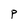
Character: P